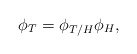
\begin{align*}\phi_T = \phi_{T/H}\phi_H, \end{align*}